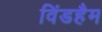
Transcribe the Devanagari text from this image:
विंडहैम